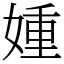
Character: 媑